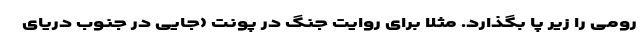
رومی را زیر پا بگذارد. مثلا برای روایت جنگ در پونت (جایی در جنوب دریای